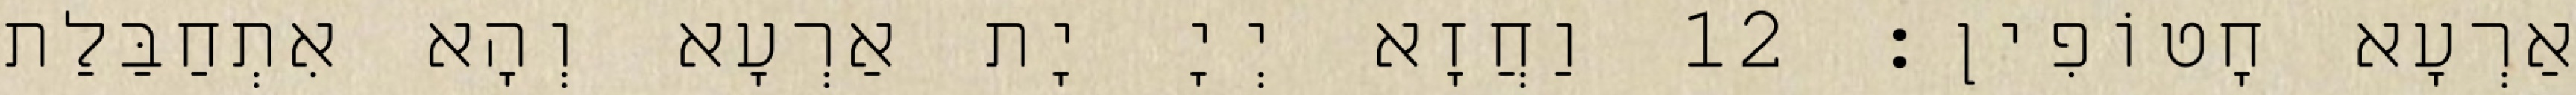
אַרְעָא חָטוֹפִין׃ 12 וַחֲזָא יְיָ יָת אַרְעָא וְהָא אִתְחַבַּלַת